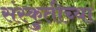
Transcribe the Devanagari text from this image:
संस्कुतीच्या